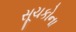
સૂચકોના